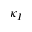
\kappa _ { I }